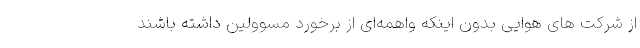
از شرکت های هوایی بدون اینکه واهمه‌ای از برخورد مسوولین داشته باشند